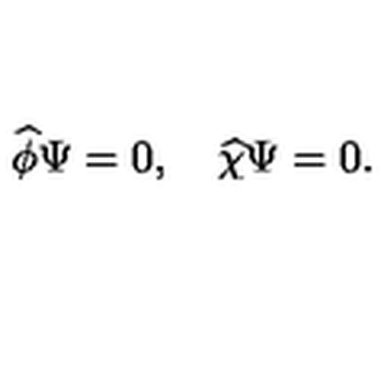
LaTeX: \widehat { \phi } \Psi = 0 , \quad \widehat { \chi } \Psi = 0 .